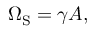
\Omega _ { \mathrm { { S } } } = \gamma A ,